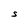
Character: S